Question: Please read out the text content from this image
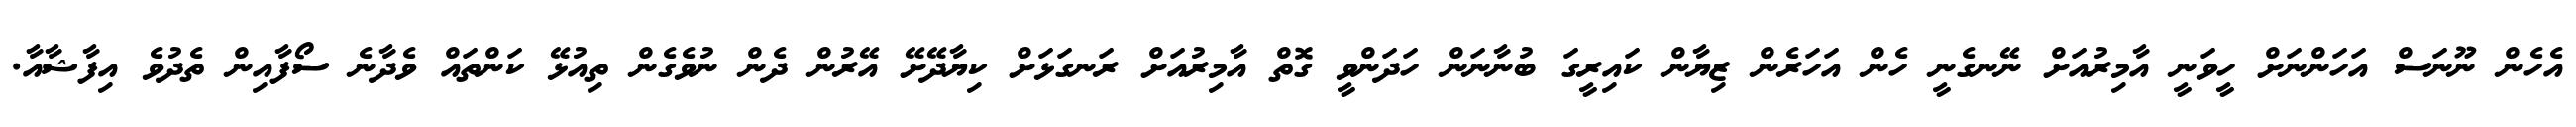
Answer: އެހެން ނޫނަސް އަހަންނަށް ހީވަނީ އާމިރުއަށް ނޭނގެނީ ހެން އަހަރެން ޒިޔާން ކައިރީގަ ބުނާނަން ހަދަންވީ ގޮތް އާމިރުއަށް ރަނގަޅަށް ކިޔާދޭށޭ އޭރުން ދެން ނުވެގެން ތިއުޅޭ ކަންތައް ވެދާނެ ސޯފާއިން ތެދުވެ އިފާޝާއާ.